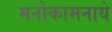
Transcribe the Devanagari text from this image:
मनोकामनाये